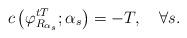
LaTeX: \begin{align*}c\left(\varphi_{R_{\alpha_s}}^{tT};\alpha_s\right)=-T,\quad\forall s.\end{align*}